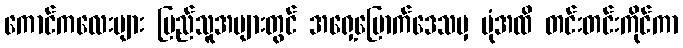
ကောင်ကလေးများ ပြည်သူအများတွင် အရှေ့မြောက်ဒေသမှ ပုံအထိ တင်းတင်းကိုင်ကာ